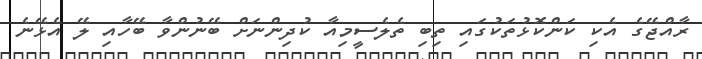
ރާއްޖޭގެ އެކި ކަންކޮޅުތަކުގައި ތިބި ތެލެސީމިއާ ކުދިންނަށް ބޭނުންވާ ބޭހާއި ލޭ އެޅޭނެ